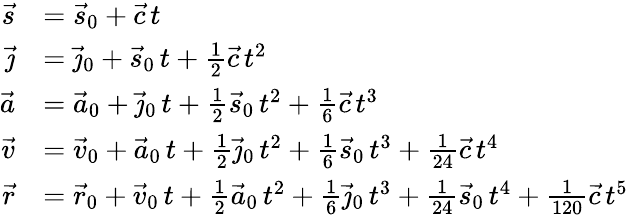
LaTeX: {\begin{array}{rl}{{\vec{s}}}&{={\vec{s}}_{0}+{\vec{c}}\, t}\\ {{\vec{\jmath}}}&{={\vec{\jmath}}_{0}+{\vec{s}}_{0}\, t+{\frac{1}{2}}{\vec{c}}\, t^{2}}\\ {{\vec{a}}}&{={\vec{a}}_{0}+{\vec{\jmath}}_{0}\, t+{\frac{1}{2}}{\vec{s}}_{0}\, t^{2}+{\frac{1}{6}}{\vec{c}}\, t^{3}}\\ {{\vec{v}}}&{={\vec{v}}_{0}+{\vec{a}}_{0}\, t+{\frac{1}{2}}{\vec{\jmath}}_{0}\, t^{2}+{\frac{1}{6}}{\vec{s}}_{0}\, t^{3}+{\frac{1}{24}}{\vec{c}}\, t^{4}}\\ {{\vec{r}}}&{={\vec{r}}_{0}+{\vec{v}}_{0}\, t+{\frac{1}{2}}{\vec{a}}_{0}\, t^{2}+{\frac{1}{6}}{\vec{\jmath}}_{0}\, t^{3}+{\frac{1}{24}}{\vec{s}}_{0}\, t^{4}+{\frac{1}{120}}{\vec{c}}\, t^{5}}\end{array}}